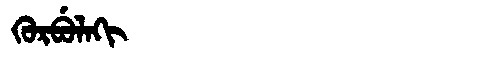
Manchu: ᡴᡠᡵᠪᡠᠯᠠᡴᡳ
Romanization: KURBULAKI